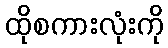
ထိုစကားလုံးကို